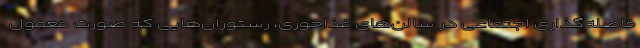
فاصله‌گذاری اجتماعی در سالن‌های غذاخوری، رستوران‌هایی که صورت معمول